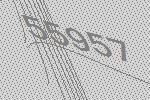
55957